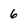
Character: 6